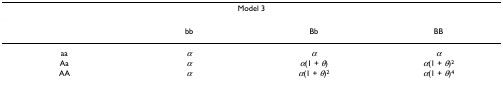
| <COLSPAN=4> Model 3 |
 | --- | --- | --- | --- |
 |  | bb | Bb | BB |
 | aa | α | α | α |
 | Aa | α | α(1 + θ) | α(1 + θ)2 |
 | AA | α | α(1 + θ)2 | α(1 + θ)4 |